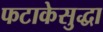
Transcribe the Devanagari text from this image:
फटाकेसुद्धा